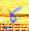
كل